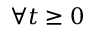
\forall t \ge 0